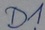
Text: D1